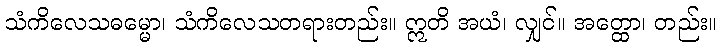
သံကိလေသဓမ္မော၊ သံကိလေသတရားတည်း။ ဣတိ အယံ၊ လျှင်။ အတ္ထော၊ တည်း။